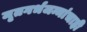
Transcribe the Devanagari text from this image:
मृतगर्भजन्मांचाही